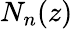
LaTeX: N_{n}(z)